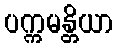
ပက္ကမန္တိယာ